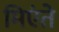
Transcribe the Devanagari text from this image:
मिएंते